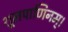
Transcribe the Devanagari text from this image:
शूलपाणिनम्।